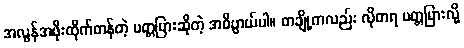
အလွန်အဖိုးထိုက်တန်တဲ့ ပတ္တမြားဆိုတဲ့ အဓိပ္ပာယ်ပါ။ တချို့ကလည်း လိုတရ ပတ္တမြားလို့